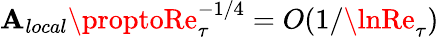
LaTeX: \mathbf{A}_{local}\proptoRe_{\tau}^{-1/4}=O(1/\lnRe_{\tau})